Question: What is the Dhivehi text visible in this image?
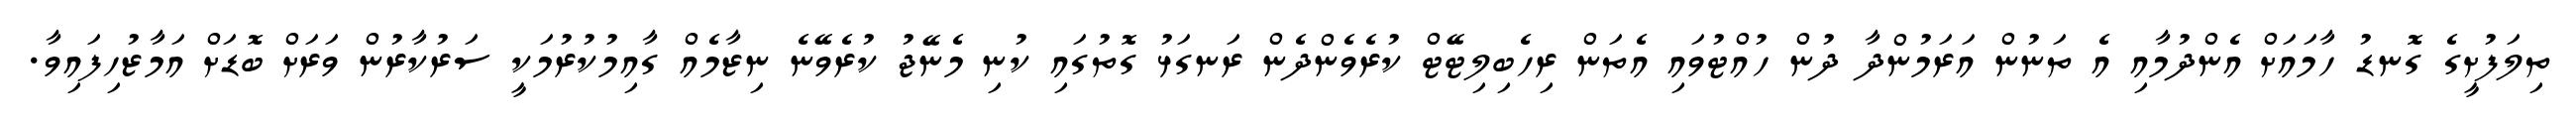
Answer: ތިލަފުށީގެ ގޮނޑު ހާމައަށް އެންދުމާއި އެ ތަނުން އަރަމުންދާ ދުން ހުއްޓުވައި އެތަން ރިހެބިލިޓޭޓް ކުރެވެންދެން ރަނގަޅު ގޮތުގައި ކުނި މެނޭޖު ކުރެވޭނެ ނިޒާމެއް ގާއިމުކުރުމަކީ ސަރުކާރުން ވަރަށް ބޮޑަށް އަމާޒުހިފައިވާ.